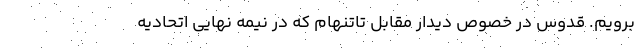
برویم. قدوس در خصوص دیدار مقابل تاتنهام که در نیمه نهایی اتحادیه